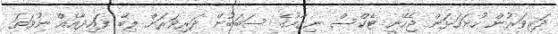
ދަރިވަރުން ހުށަހަޅަން ޖެހޭނީ ޓެކްސް ނިޒާމުގެ ސަބަބުން ދަރިވަރަށް ލިބޭ ފައިދާއެއް ނުވަތަ